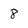
Character: 8